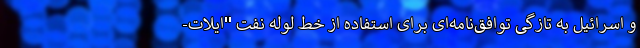
و اسرائیل به تازگی توافق‌نامه‌‌ای برای استفاده از خط لوله نفت "ایلات-